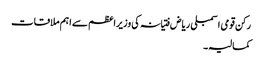
رکن قومی اسمبلی ریاض فتیانہ کی وزیراعظم سے اہم ملاقات
کمالیہ۔